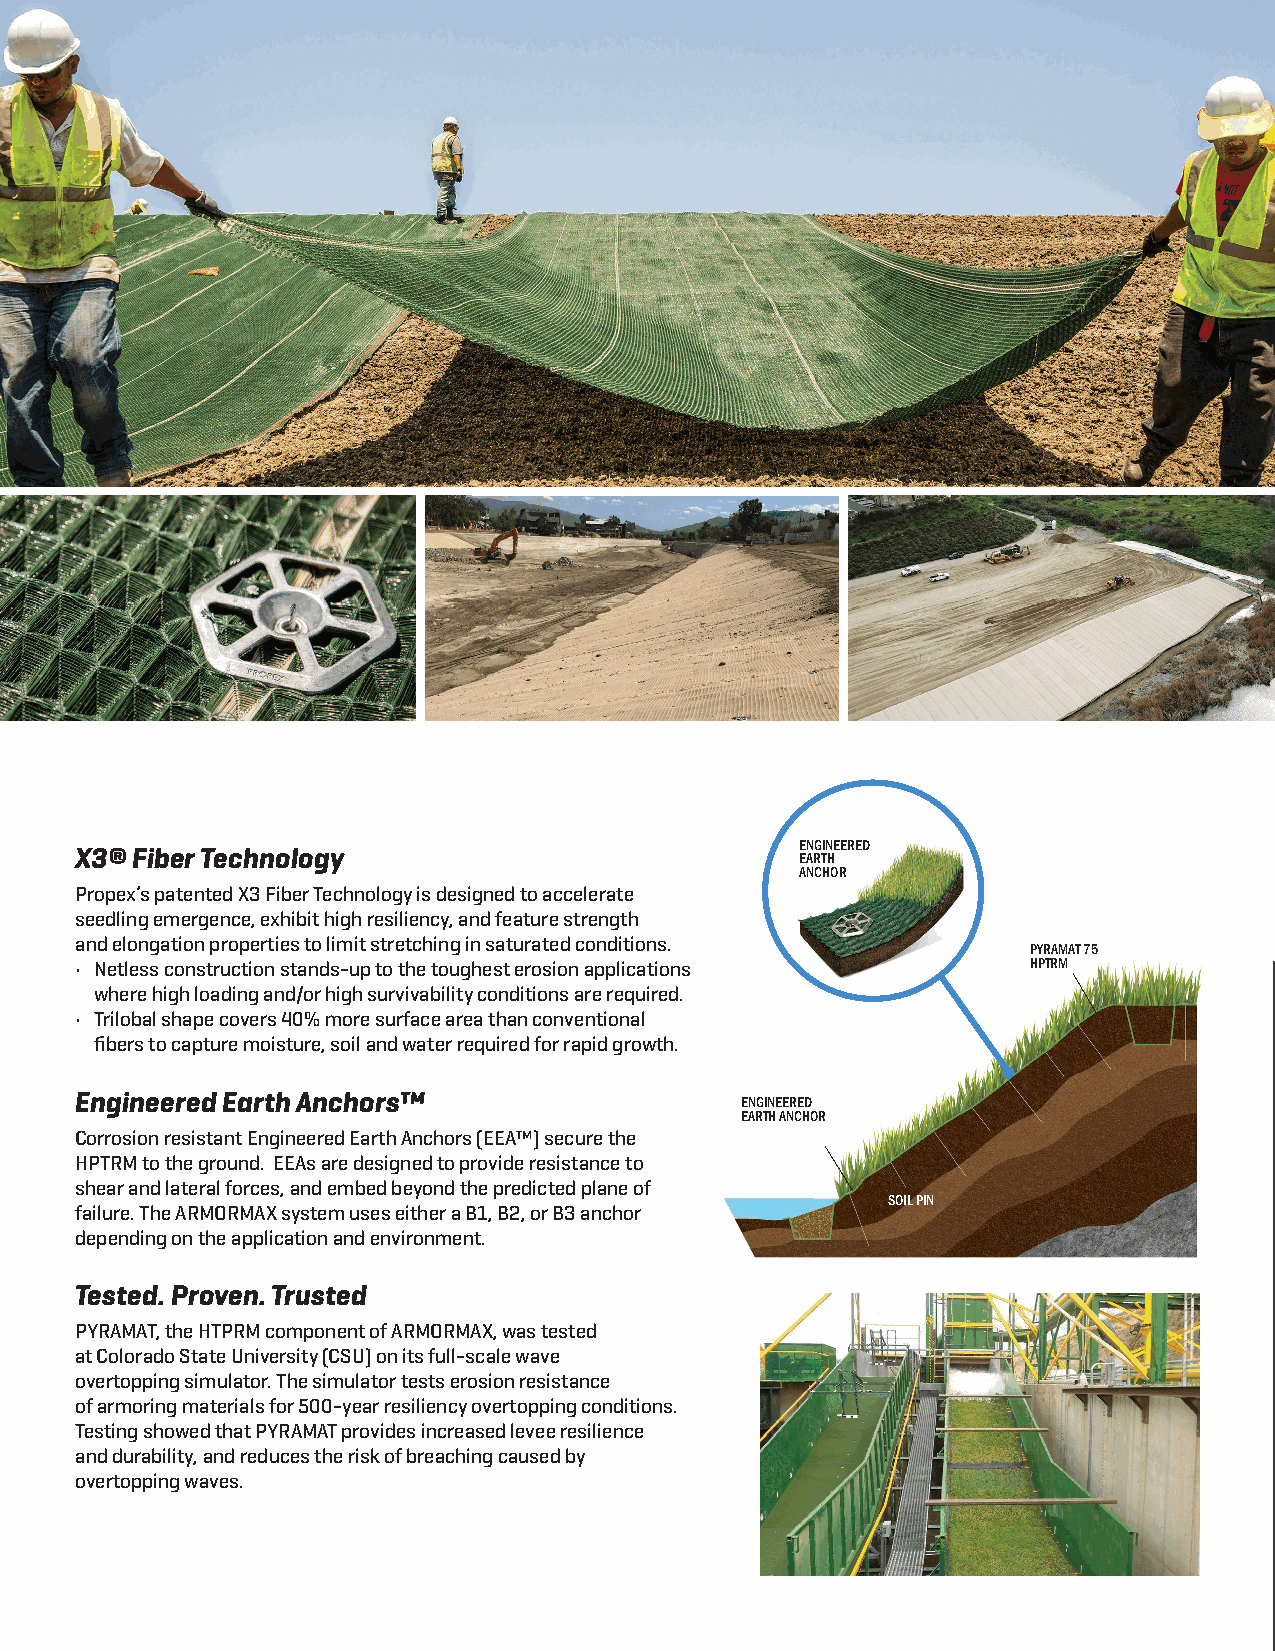
ENGINEERED
 X3® Fiber Technology                            EARTH
 ANCHOR
 Propex’s patented X3 Fiber Technology is designed to accelerate
 seedling emergence, exhibit high resiliency, and feature strength
 and elongation properties to limit stretching in saturated conditions.
 PYRAMAT 75
 • Netless construction stands-up to the toughest erosion applications HPTRM
 where high loading and/or high survivability conditions are required.                                                             vs.      Riprap
 • Trilobal shape covers 40% more surface area than conventional
 fibers to capture moisture, soil and water required for rapid growth.
 Engineered Earth Anchors™
 ENGINEERED                                                       *DAYS 5                *DAYS 11
 EARTH ANCHOR
 Corrosion resistant Engineered Earth Anchors (EEA™) secure the                                              *Based on a 4-person crew with equipment operator, working 8 hrs per day.
 HPTRM to the ground. EEAs are designed to provide resistance to
 Installation
 shear and lateral forces, and embed beyond the predicted plane of
 SOIL PIN
 failure. The ARMORMAX system uses either a B1, B2, or B3 anchor                       Comparison:
 depending on the application and environment.
 Green Armoring
 Tested. Proven. Trusted                                                                     vs.
 PYRAMAT, the HTPRM component of ARMORMAX, was tested                                     RipRap              **CONTAINER VAN 1/2    **DUMP TRUCKS 334
 at Colorado State University (CSU) on its full-scale wave
 **Based on 6” stone size at 18” depth and 15 tons per dump truck.
 overtopping simulator. The simulator tests erosion resistance
 of armoring materials for 500-year resiliency overtopping conditions.
 Typical placement of
 Testing showed that PYRAMAT provides increased levee resilience
 1 acre, or about 5,000 SY,
 and durability, and reduces the risk of breaching caused by
 of erosion protection.
 overtopping waves.
 ***DOLLARS $28 PER SY  ***DOLLARS $65 PER SY
 ***Assuming $25/ton for material, average fuel and equipment costs, and labor as specified above.